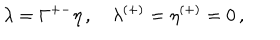
LaTeX: \lambda = \Gamma ^ { + - } \eta \, , \quad \lambda ^ { ( + ) } = \eta ^ { ( + ) } = 0 \, ,